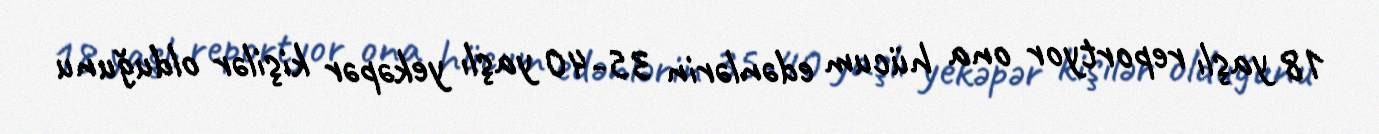
18 yaşlı reportyor ona hücum edənlərin 35-40 yaşlı yekəpər kişilər olduğunu